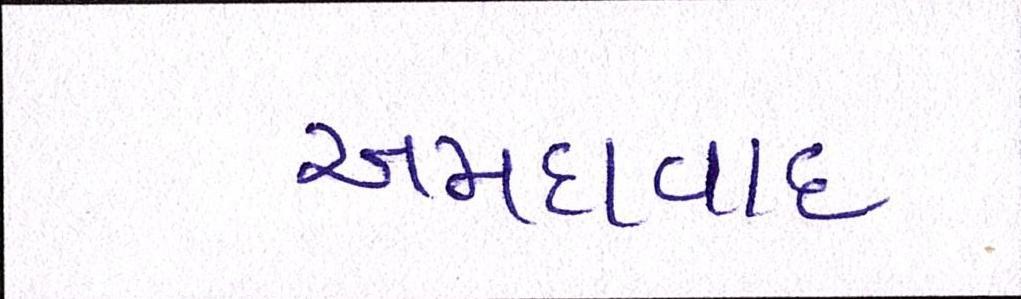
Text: અમદાવાદઃ